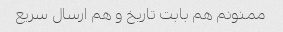
ممنونم هم بابت تاریخ و هم ارسال سریع